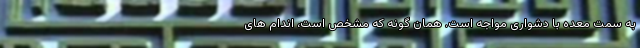
به سمت معده با دشواری مواجه است. همان گونه که مشخص است، اندام های